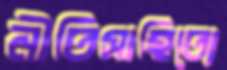
নীতিসাহিত্যে